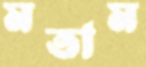
মতাম